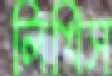
লিখিস